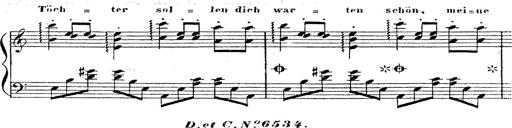
Title: 12 Lieder von Franz Schubert
Composer: Franz Liszt